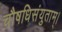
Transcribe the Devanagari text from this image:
चौषधिसंयुताम्।